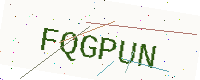
Text: FQGPUN